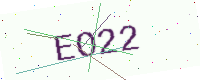
Text: EO22